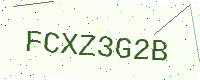
Text: FCXZ3G2B